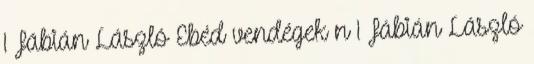
1 Fábián László Ebéd vendégek n 1 Fábián László